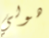
هولي